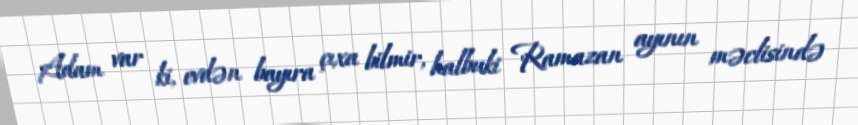
Adam var ki, evdən bayıra çıxa bilmir, halbuki Ramazan ayının məclisində